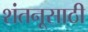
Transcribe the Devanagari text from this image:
शंतनूसाठी